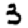
Digit: 3